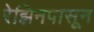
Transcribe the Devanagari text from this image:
रेझिनपासून